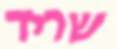
שריד